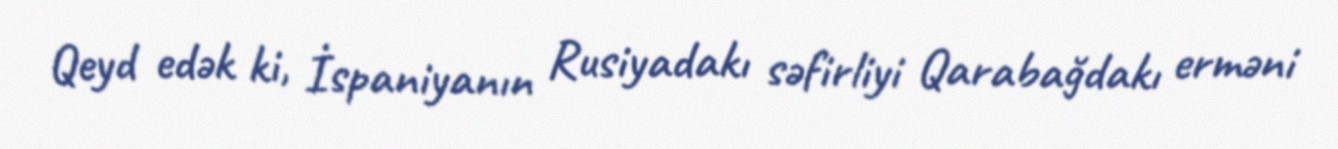
Qeyd edək ki, İspaniyanın Rusiyadakı səfirliyi Qarabağdakı erməni